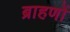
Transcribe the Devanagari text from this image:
ब्राहणों